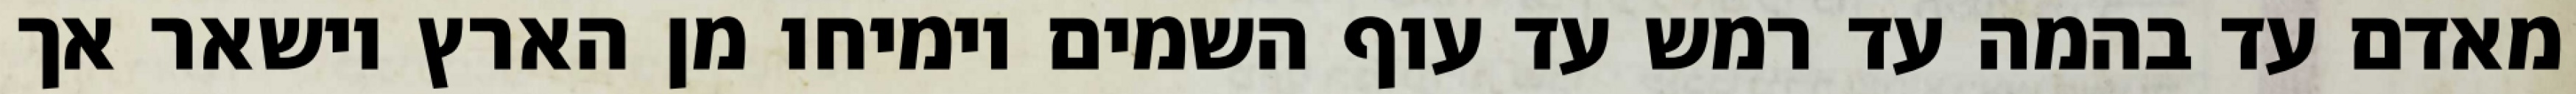
מאדם עד בהמה עד רמש עד עוף השמים וימיחו מן הארץ וישאר אך